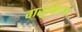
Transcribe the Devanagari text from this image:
वासुकिगंगा